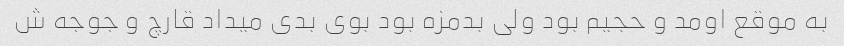
به موقع اومد و حجیم بود ولی بدمزه بود بوی بدی میداد قارچ و جوجه ش